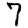
Digit: 7